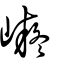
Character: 㠜